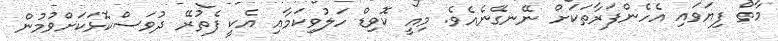
މާތް ފިޔަވައި އެހެންފަރާތަކަށް ނޭނގޭނެއެވެ. މިއީ ކޮވިޑް ހަލުވިކަމާއި އެކީ ފެތުރޭ ދުވަސްކޮޅަކަށްވުމުން